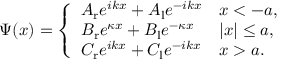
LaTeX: \Psi ( x ) = { \left\{ \begin{array} { l l } { A _ { \mathrm { r } } e ^ { i k x } + A _ { \mathrm { l } } e ^ { - i k x } } & { x < - a , } \\ { B _ { \mathrm { r } } e ^ { \kappa x } + B _ { \mathrm { l } } e ^ { - \kappa x } } & { | x | \leq a , } \\ { C _ { \mathrm { r } } e ^ { i k x } + C _ { \mathrm { l } } e ^ { - i k x } } & { x > a . } \end{array} \right. }